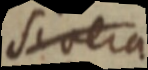
si vera